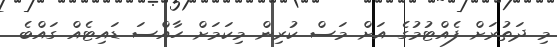
މި ދަތުރަށް ފެއްޓުމުގެ އަށް މަސް ކުރިން މިކަމަށް ހާއްސަ ޑައިޓެއް ގައްބެ